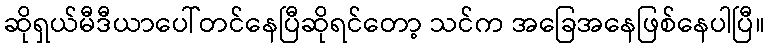
ဆိုရှယ်မီဒီယာပေါ်တင်နေပြီဆိုရင်တော့ သင်က အခြေအနေဖြစ်နေပါပြီ။